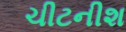
ચીટનીશ